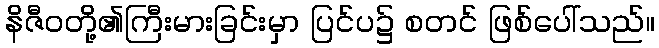
နိဇီဝတို့၏ကြီးမားခြင်းမှာ ပြင်ပ၌ စတင် ဖြစ်ပေါ်သည်။